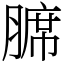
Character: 𫟊